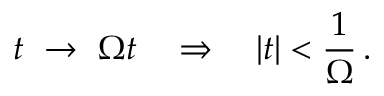
t \ \rightarrow \ \Omega t \quad \Rightarrow \quad | t | < \frac { 1 } { \Omega } \, .